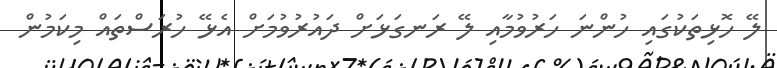
ލޭ ހޮޅިތަކުގައި ހުންނަ ހަރުވުމާއި ލޭ ރަނގަޅަށް ދައުރުވުމަށް އެޅޭ ހުރަސްތައް މިކަމުން